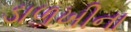
ડાળખીના